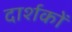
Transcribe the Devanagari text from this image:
दार्शकों